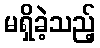
မရှိခဲ့သည့်